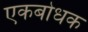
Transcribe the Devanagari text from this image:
एकबोधक